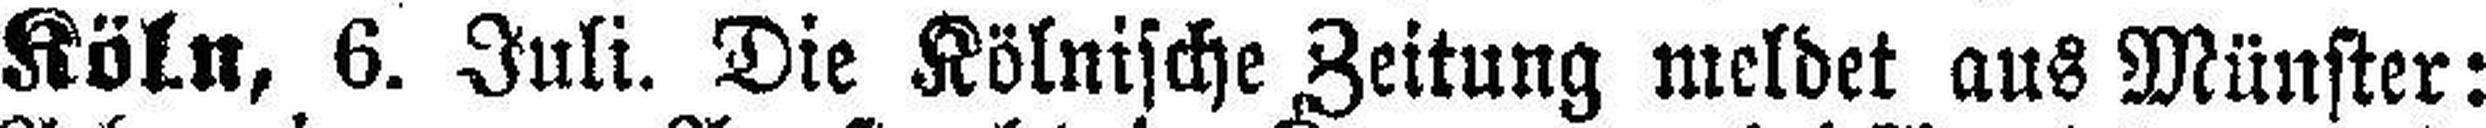
Köln, 6. Juli. Die Kölnische Zeitung meldet aus Münster: